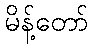
မိန့်တော်